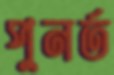
পুনর্ত